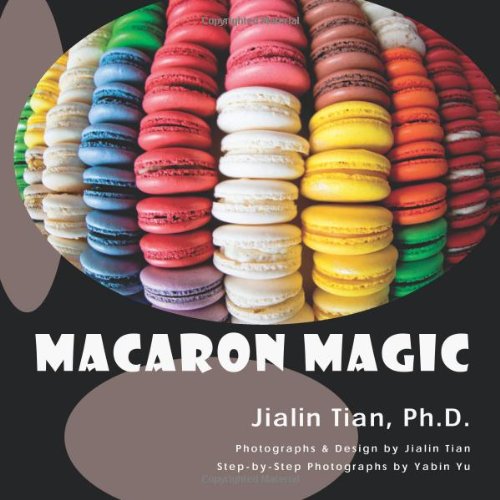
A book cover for Macaron Magic; Jialin Tian; Cookbooks, Food & Wine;